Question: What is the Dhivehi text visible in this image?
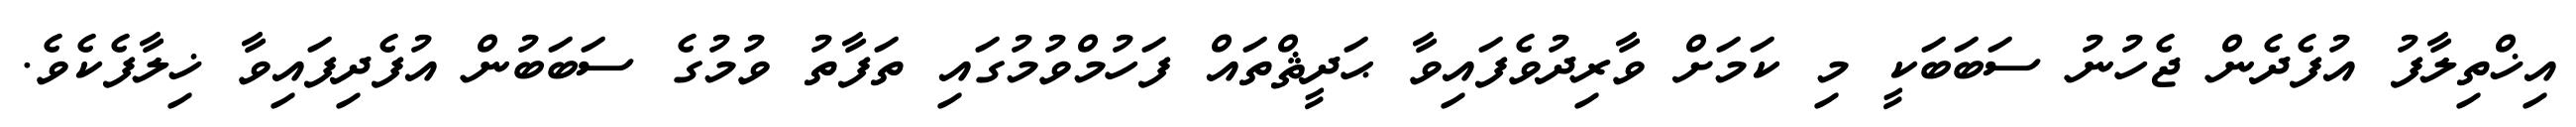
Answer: އިޚްތިލާފު އުފެދެން ޖެހުނު ސަބަބަކީ މި ކަމަށް ވާރިދުވެފައިވާ ޙަދީޘްތައް ފަހުމްވުމުގައި ތަފާތު ވުމުގެ ސަބަބުން އުފެދިފައިވާ ޚިލާފެކެވެ.